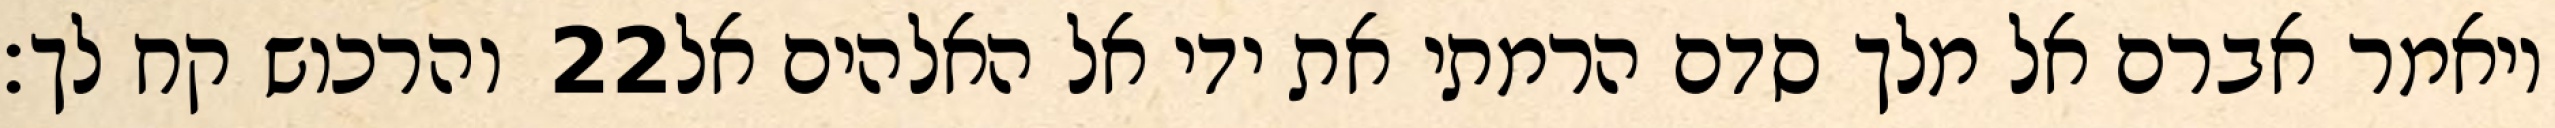
והרכוש קח לך׃ ‎22‏ ויאמר אברם אל מלך סדם הרמתי את ידי אל האלהים אל